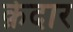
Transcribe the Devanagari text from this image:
क़ेदार